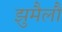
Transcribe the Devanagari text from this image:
झुमैलौ